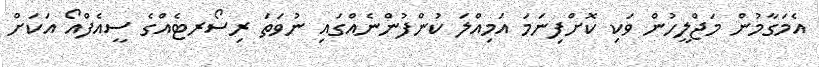
އެމަގާމުން މަޖްލީހުން ވަކި ކޮށްފިނަމަ އަމިއްލަ ކުންފުންނެއްގައި ނުވަތަ ރިސޯރޓެއްގެ ސީއެފްއޯ އަކަށް